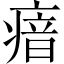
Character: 瘖